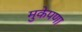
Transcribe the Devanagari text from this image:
मुकेपणा